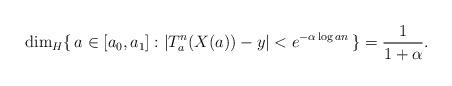
LaTeX: \begin{align*} \dim_H \{\, a \in [a_0,a_1] : |T_a^n (X(a)) - y| < e^{-\alpha \log a n} \, \} = \frac{1}{1 + \alpha}. \end{align*}